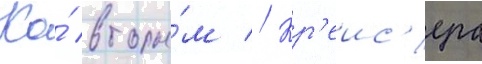
Ко́ вторы́м // Кр'еис'ера